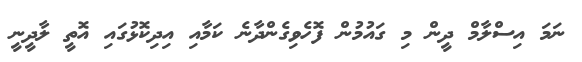
ނަމަ އިސްލާމް ދީން މި ގައުމުން ފޮހެވިގެންދާނެ ކަމާއި އިދިކޮޅުގައި އޮތީ ލާދީނީ